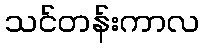
သင်တန်းကာလ